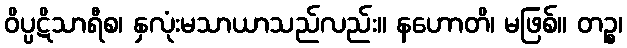
ဝိပ္ပဋိသာရီစ၊ နှလုံးမသာယာသည်လည်း။ နဟောတိ၊ မဖြစ်။ တဉ္စ၊